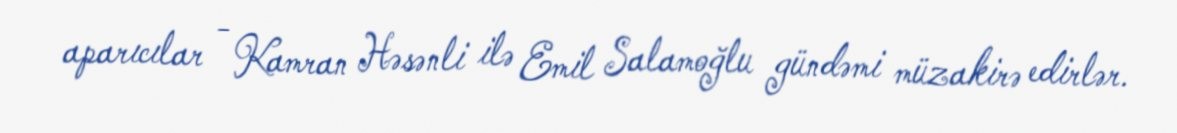
aparıcılar - Kamran Həsənli ilə Emil Salamoğlu gündəmi müzakirə edirlər.